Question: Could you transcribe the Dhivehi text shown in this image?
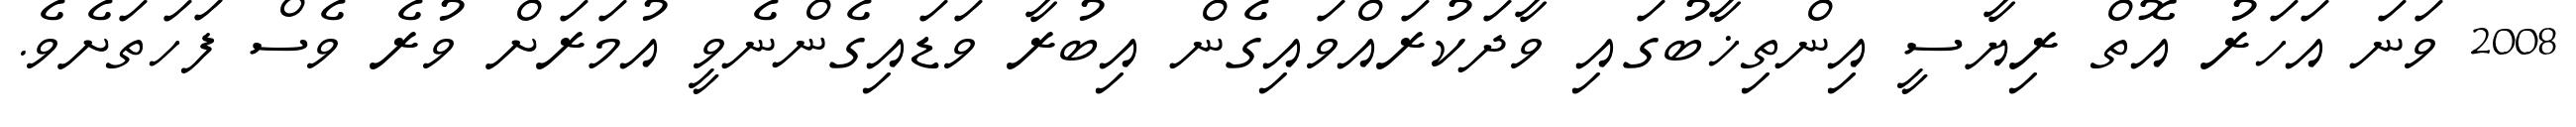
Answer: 2008 ވަނަ އަހަރު އޮތް ރިޔާސީ އިންތިޚާބުގައި ވާދަކުރައްވައިގެން އިބުރާ ވަޑައިގެންނެވީ އުމަރަށް ވުރެ ވެސް ފަހަތަށެވެ.